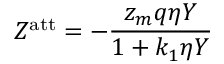
Z ^ { \mathrm { { a t t } } } = - { \frac { z _ { m } q \eta Y } { 1 + k _ { 1 } \eta Y } }